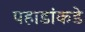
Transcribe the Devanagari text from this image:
पहाडांकडे